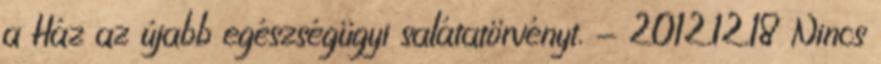
a Ház az újabb egészségügyi salátatörvényt. - 2012.12.18 Nincs